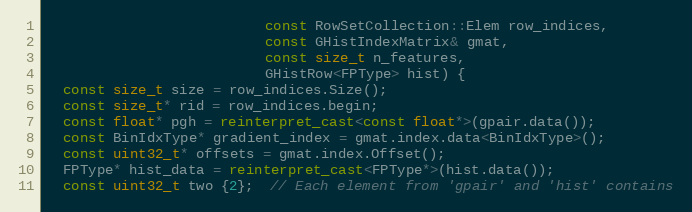
Language: C++
                          const RowSetCollection::Elem row_indices,
                          const GHistIndexMatrix& gmat,
                          const size_t n_features,
                          GHistRow<FPType> hist) {
  const size_t size = row_indices.Size();
  const size_t* rid = row_indices.begin;
  const float* pgh = reinterpret_cast<const float*>(gpair.data());
  const BinIdxType* gradient_index = gmat.index.data<BinIdxType>();
  const uint32_t* offsets = gmat.index.Offset();
  FPType* hist_data = reinterpret_cast<FPType*>(hist.data());
  const uint32_t two {2};  // Each element from 'gpair' and 'hist' contains